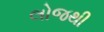
લોજથી